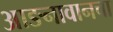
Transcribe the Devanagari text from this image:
आङनावानचा